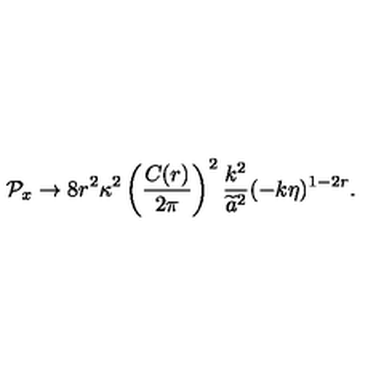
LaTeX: { \cal P } _ { x } \to 8 r ^ { 2 } \kappa ^ { 2 } \left( { \frac { C ( r ) } { 2 \pi } } \right) ^ { 2 } { \frac { k ^ { 2 } } { \widetilde { a } ^ { 2 } } } ( - k \eta ) ^ { 1 - 2 r } .